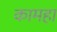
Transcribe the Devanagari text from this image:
कामहा